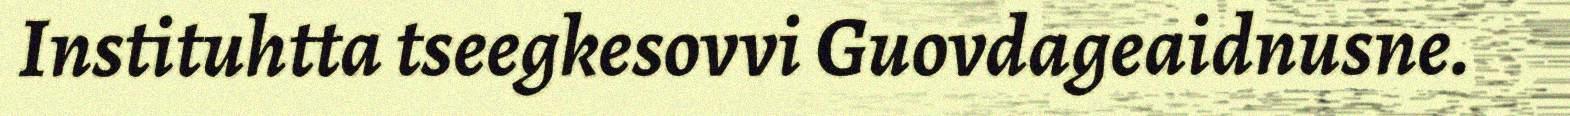
Instituhtta tseegkesovvi Guovdageaidnusne.